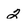
Character: 2